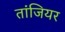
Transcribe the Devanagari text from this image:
तांजियर